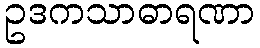
ဥဒကသာဓာရဏာ